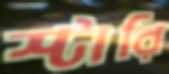
স্টারি